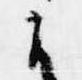
候